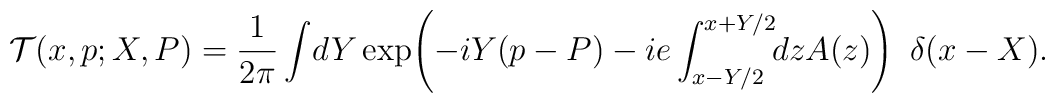
{\cal T}(x,p;X,P)=\frac{1}{2\pi} \int\!dY \exp\! \left ( -iY(p-P) -ie \int^{x+Y/2}_{x-Y/2} \!\! dz A(z) \right ) ~ \delta (x-X).